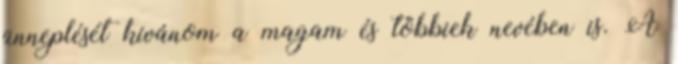
ünneplését kívánom a magam és többiek nevében is. A